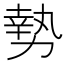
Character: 𫝑